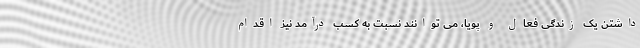
داشتن یک زندگی فعال و پویا، می توانند نسبت به کسب درآمد نیز اقدام